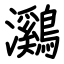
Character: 鸂